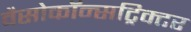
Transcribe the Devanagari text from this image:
वैसोकॉन्सट्रिक्टर